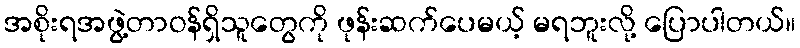
အစိုးရအဖွဲ့တာဝန်ရှိသူတွေကို ဖုန်းဆက်ပေမယ့် မရဘူးလို့ ပြောပါတယ်။